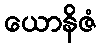
ယောနိဇံ